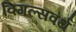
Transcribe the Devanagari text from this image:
विगल्सवर्थ